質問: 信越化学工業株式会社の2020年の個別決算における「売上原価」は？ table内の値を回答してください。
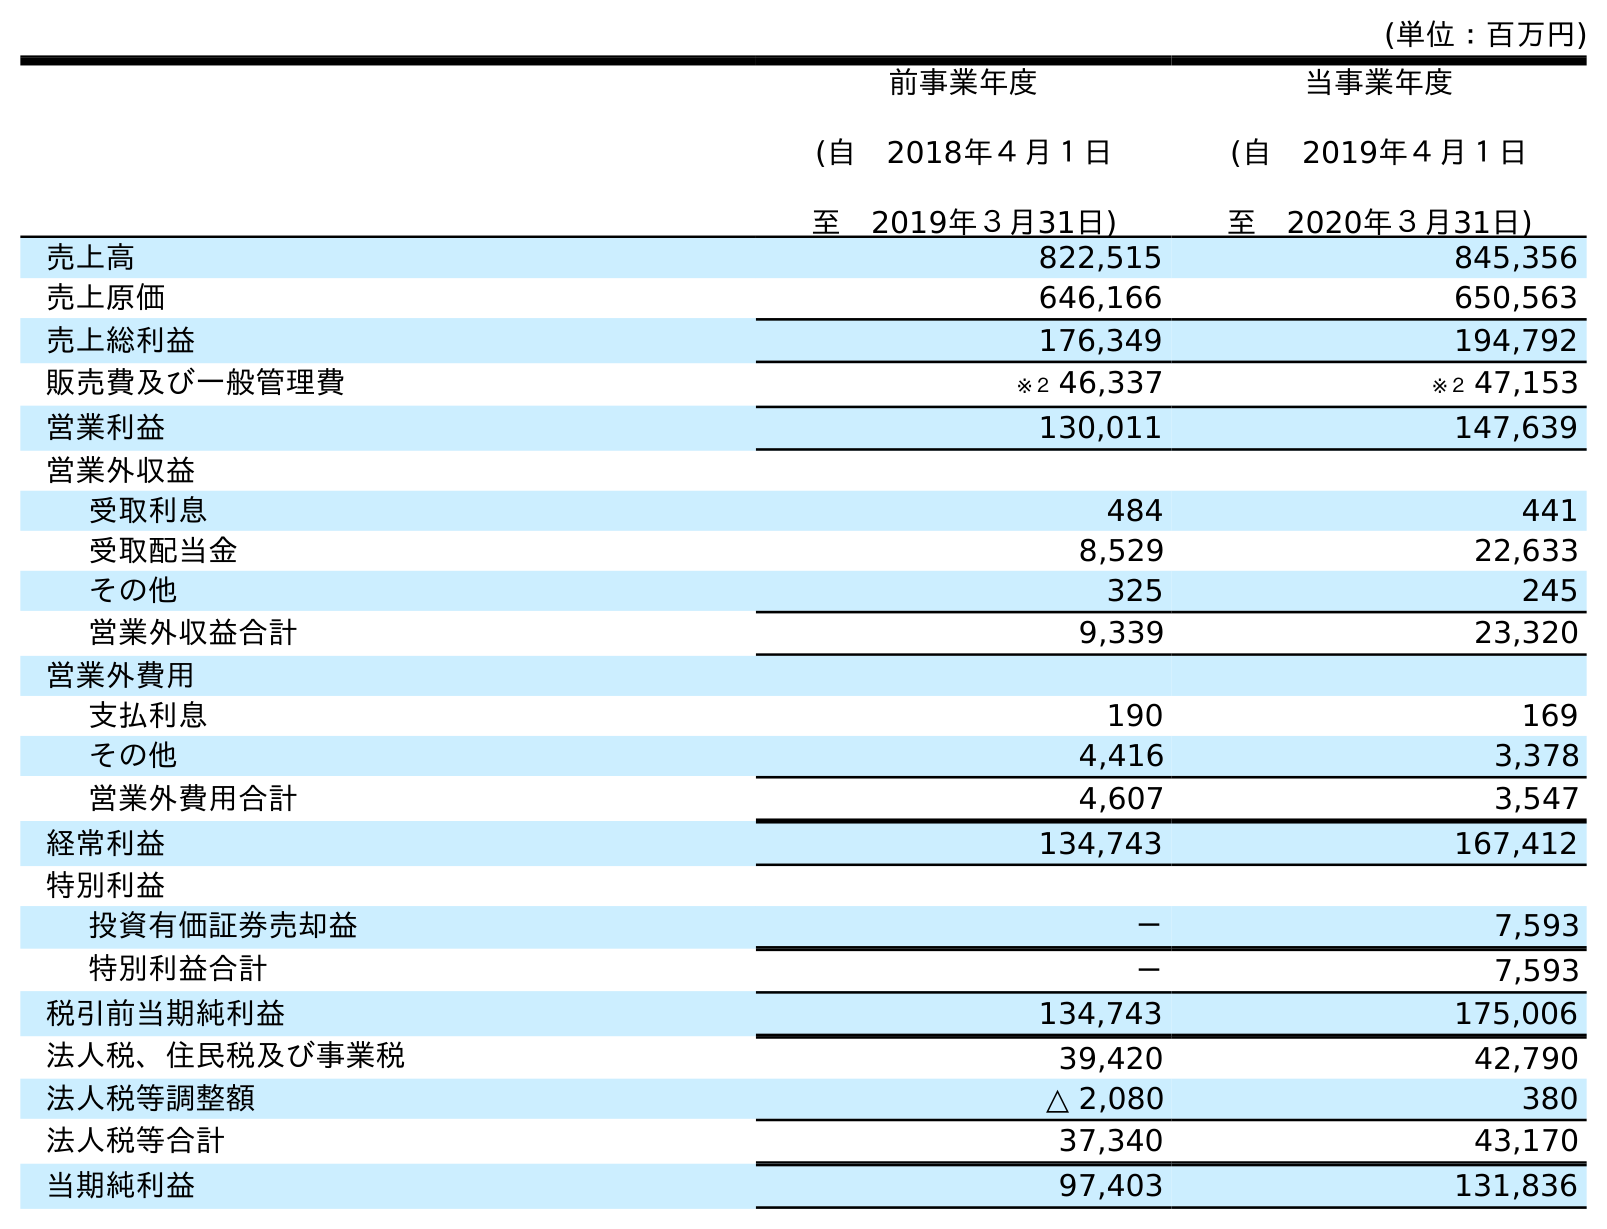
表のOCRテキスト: (単位：百万円) 前事業年度 (自 2018年４月１日 至 2019年３月31日) 当事業年度 (自 2019年４月１日 至 2020年３月31日) 売上高 822,515 845,356 売上原価 646,166 650,563 売上総利益 176,349 194,792 販売費及び一般管理費 ※２ 46,337 ※２ 47,153 営業利益 130,011 147,639 営業外収益 受取利息 484 441 受取配当金 8,529 22,633 その他 325 245 営業外収益合計 9,339 23,320 営業外費用 支払利息 190 169 その他 4,416 3,378 営業外費用合計 4,607 3,547 経常利益 134,743 167,412 特別利益 投資有価証券売却益 － 7,593 特別利益合計 － 7,593 税引前当期純利益 134,743 175,006 法人税、住民税及び事業税 39,420 42,790 法人税等調整額 △ 2,080 380 法人税等合計 37,340 43,170 当期純利益 97,403 131,836
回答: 650,563